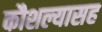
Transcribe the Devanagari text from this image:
कौशल्यासह